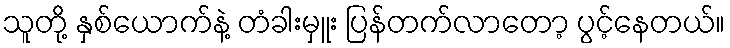
သူတို့ နှစ်ယောက်နဲ့ တံခါးမှူး ပြန်တက်လာတော့ ပွင့်နေတယ်။